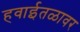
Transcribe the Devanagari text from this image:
हवाईतळावर